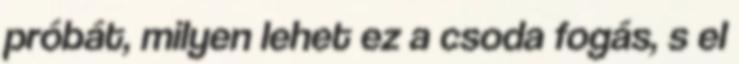
próbát, milyen lehet ez a csoda fogás, s el